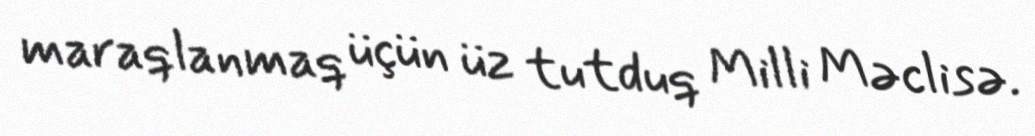
maraqlanmaq üçün üz tutduq Milli Məclisə.